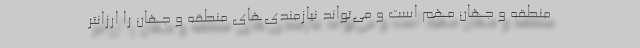
منطقه و جهان مهم است و می‌تواند نیازمندی‌های منطقه و جهان را ارزانتر